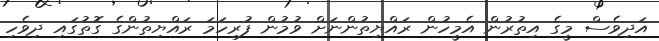
އަދިވެސް މީގެ އިތުރުން އެމީހުން ރައްޔިތުންނަށް ވުމުން ފުރިހަމަ ރައްޔިތުންގެ ގޮތުގައި ދިވެހި